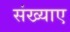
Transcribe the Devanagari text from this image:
संख्याए